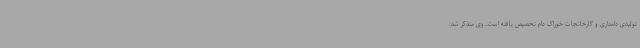
تولیدی دامداری و کارخانجات خوراک دام تخصیص یافته است. وی متذکر شد: